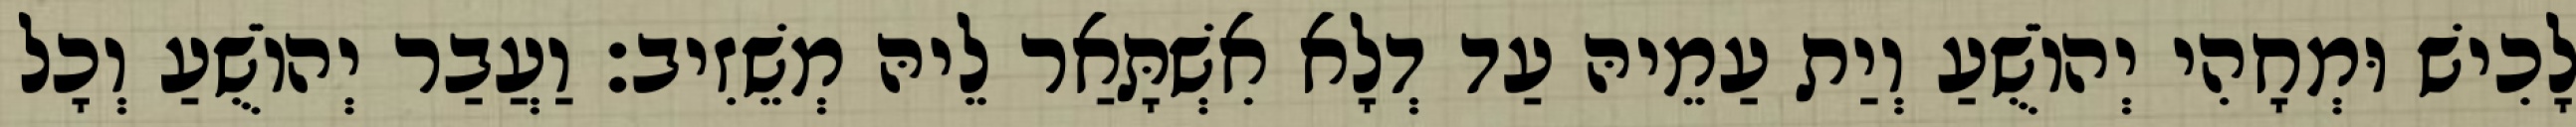
לָכִישׁ וּמְחָהִי יְהוֹשֻׁעַ וְיַת עַמֵיהּ עַד דְלָא אִשְׁתָּאַר לֵיהּ מְשֵׁזִיב׃ וַעֲבַר יְהוֹשֻׁעַ וְכָל